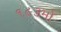
૧૯૩મો